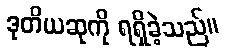
ဒုတိယဆုကို ရရှိခဲ့သည်။